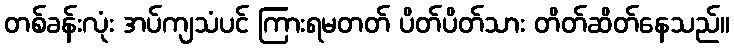
တစ်ခန်းလုံး အပ်ကျသံပင် ကြားရမတတ် ပိတ်ပိတ်သား တိတ်ဆိတ်နေသည်။